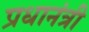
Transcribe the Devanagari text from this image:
प्रधानंत्री